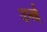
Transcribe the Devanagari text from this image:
उभई